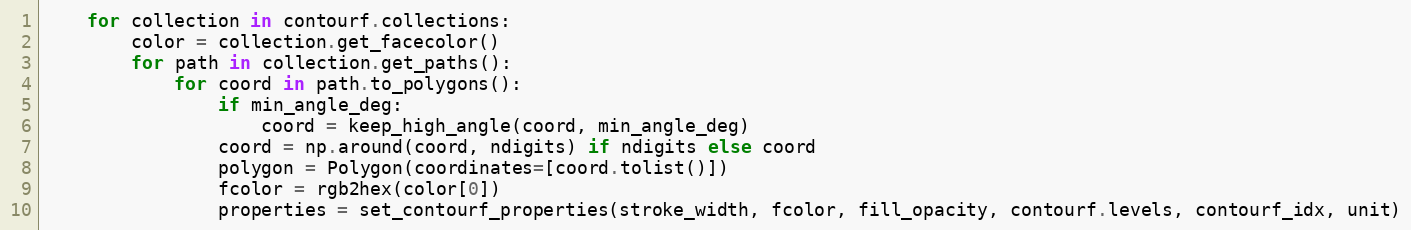
Language: Python
    for collection in contourf.collections:
        color = collection.get_facecolor()
        for path in collection.get_paths():
            for coord in path.to_polygons():
                if min_angle_deg:
                    coord = keep_high_angle(coord, min_angle_deg)
                coord = np.around(coord, ndigits) if ndigits else coord
                polygon = Polygon(coordinates=[coord.tolist()])
                fcolor = rgb2hex(color[0])
                properties = set_contourf_properties(stroke_width, fcolor, fill_opacity, contourf.levels, contourf_idx, unit)